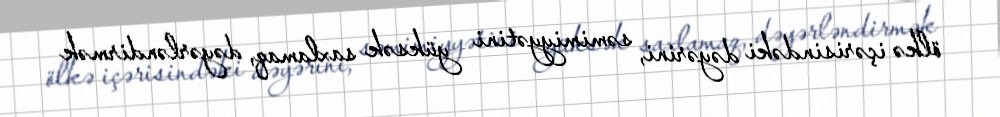
ölkə içərisindəki dəyərini, səmimiyyətini yüksək saxlamaq, dəyərləndirmək